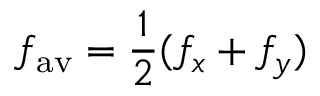
f _ { \mathrm { a v } } = \frac { 1 } { 2 } ( f _ { x } + f _ { y } )